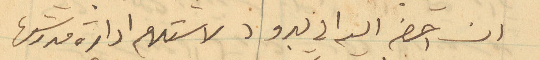
ان احضر اليه في يبرود لاستلام ادراة مدرستها